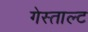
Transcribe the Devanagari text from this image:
गेस्ताल्ट